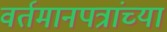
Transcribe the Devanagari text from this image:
वर्तमानपत्रांच्या